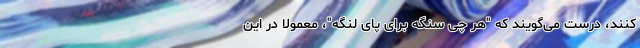
‌کنند، درست می‌گویند که "هر چی سنگه برای پای لنگه"، معمولا در این